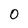
Character: 0